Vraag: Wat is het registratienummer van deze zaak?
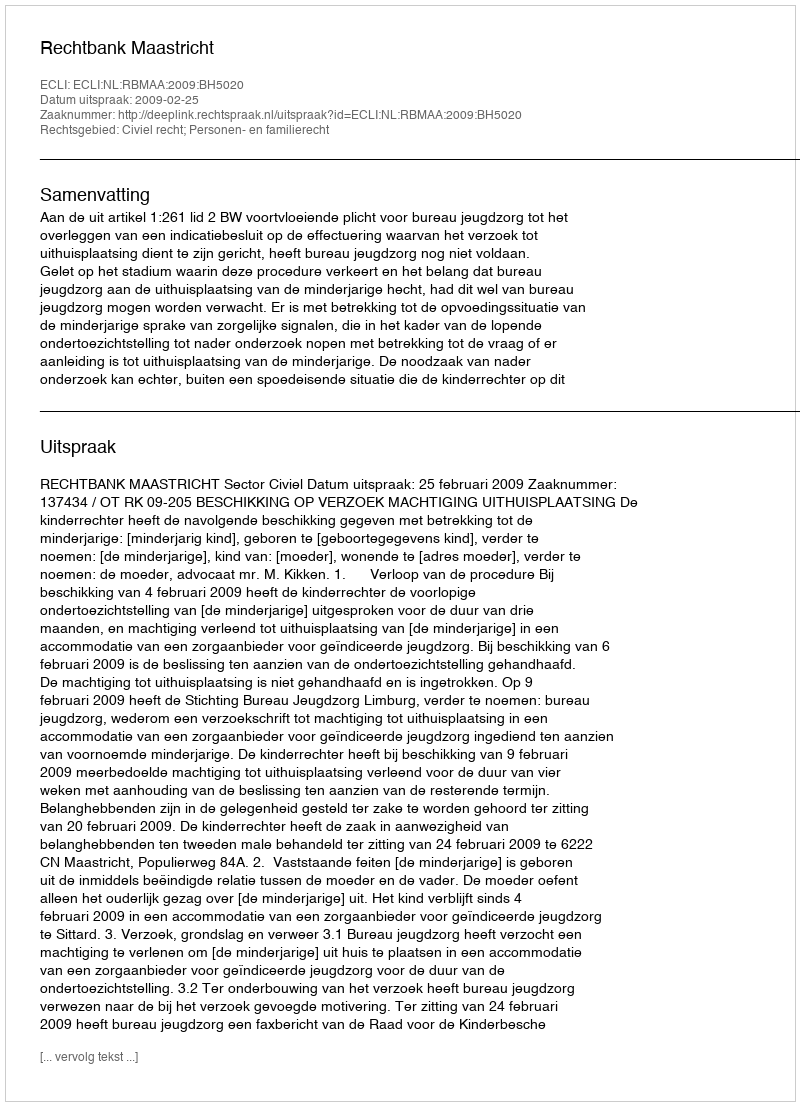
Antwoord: http://deeplink.rechtspraak.nl/uitspraak?id=ECLI:NL:RBMAA:2009:BH5020